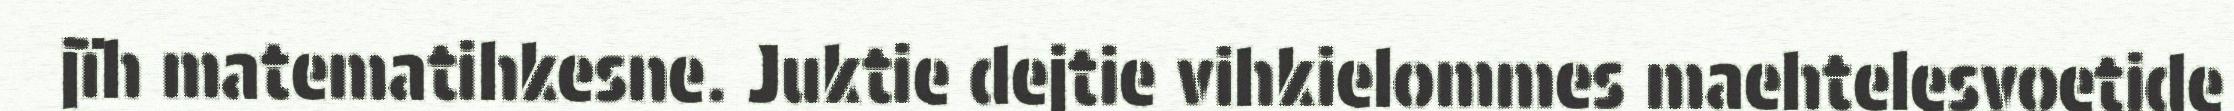
jïh matematihkesne. Juktie dejtie vihkielommes maehtelesvoetide